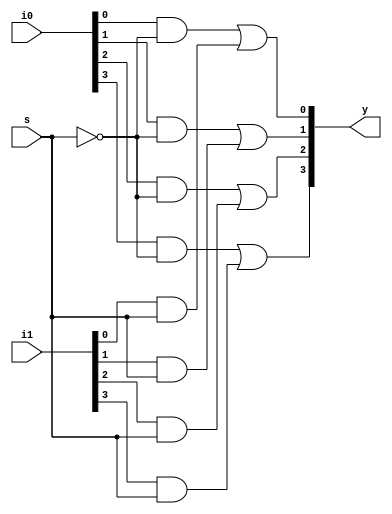
`timescale 1ns / 1ps
//////////////////////////////////////////////////////////////////////////////////
// Company: 
// Engineer: 
// 
// Design Name: 
// Module Name: mux2to1_4w
// Project Name: 
// Target Devices: 
// Tool Versions: 
// Description: 
// 
// Dependencies: 
// 
// Revision:
// Revision 0.01 - File Created
// Additional Comments:
// 
//////////////////////////////////////////////////////////////////////////////////

module mux2to1_4w(output [3:0] y, input [3:0] i0, i1, input s);

  wire [3:0] e0, e1;
  not #(1) (sn, s);
  
  and #(1) (e0[0], i0[0], sn);
  and #(1) (e0[1], i0[1], sn);
  and #(1) (e0[2], i0[2], sn);
  and #(1) (e0[3], i0[3], sn);
      
  and #(1) (e1[0], i1[0], s);
  and #(1) (e1[1], i1[1], s);
  and #(1) (e1[2], i1[2], s);
  and #(1) (e1[3], i1[3], s);
  
  or #(1) (y[0], e0[0], e1[0]);
  or #(1) (y[1], e0[1], e1[1]);
  or #(1) (y[2], e0[2], e1[2]);
  or #(1) (y[3], e0[3], e1[3]);
  
endmodule